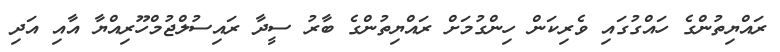
ރައްޔިތުންގެ ހައްގުގައި ވެރިކަން ހިންގުމަށް ރައްޔިތުންގެ ބާރު ސީދާ ރައިސުލްޖުމްހޫރިއްޔާ އާއި އަދި